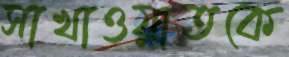
সাখাওয়াতকে